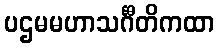
ပဌမမဟာသင်္ဂီတိကထာ